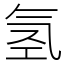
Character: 氢